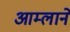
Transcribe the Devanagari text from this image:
आम्लाने